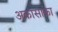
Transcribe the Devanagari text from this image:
अकासाका